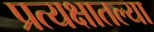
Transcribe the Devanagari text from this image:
प्रत्यक्षातल्या